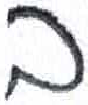
אות: ב